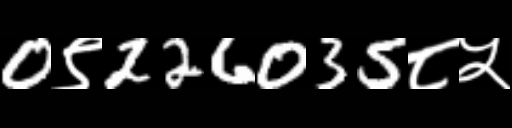
Text: 0९226035८५